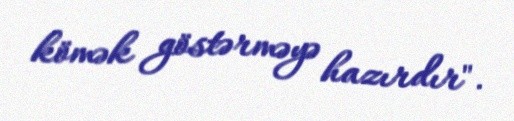
kömək göstərməyə hazırdır".